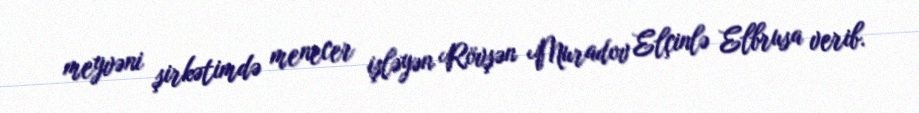
meyvəni şirkətimdə menecer işləyən Rövşən Muradov Elçinlə Elbrusa verib.